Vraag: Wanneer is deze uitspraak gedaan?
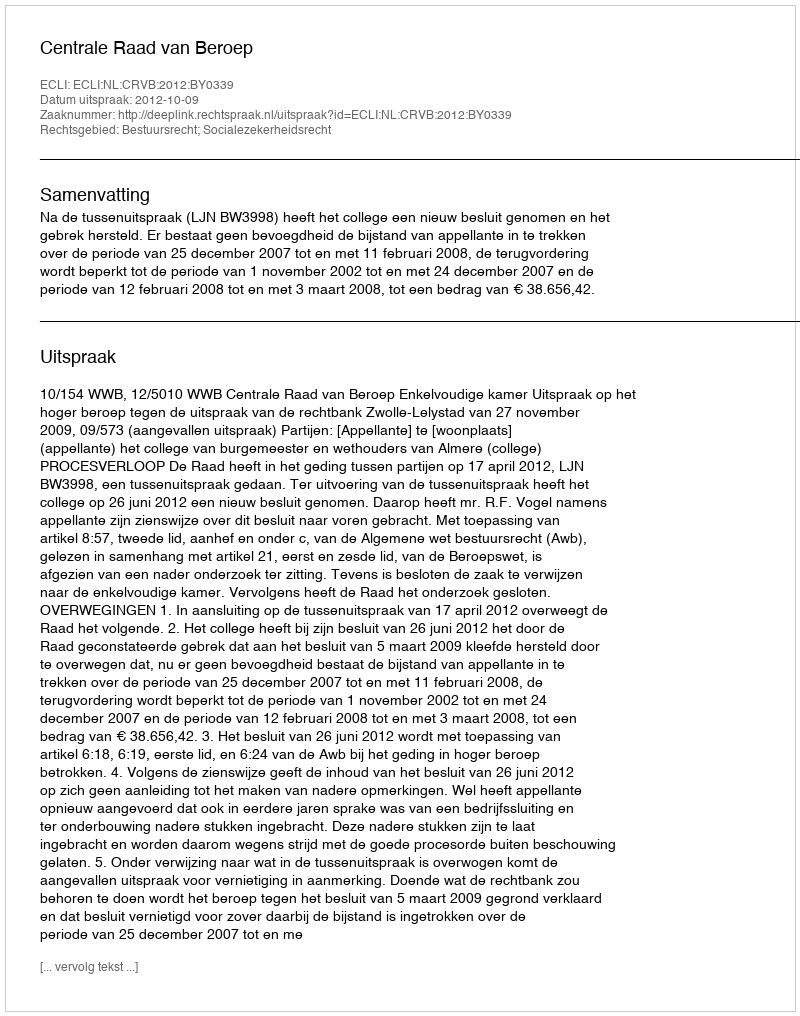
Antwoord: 2012-10-09